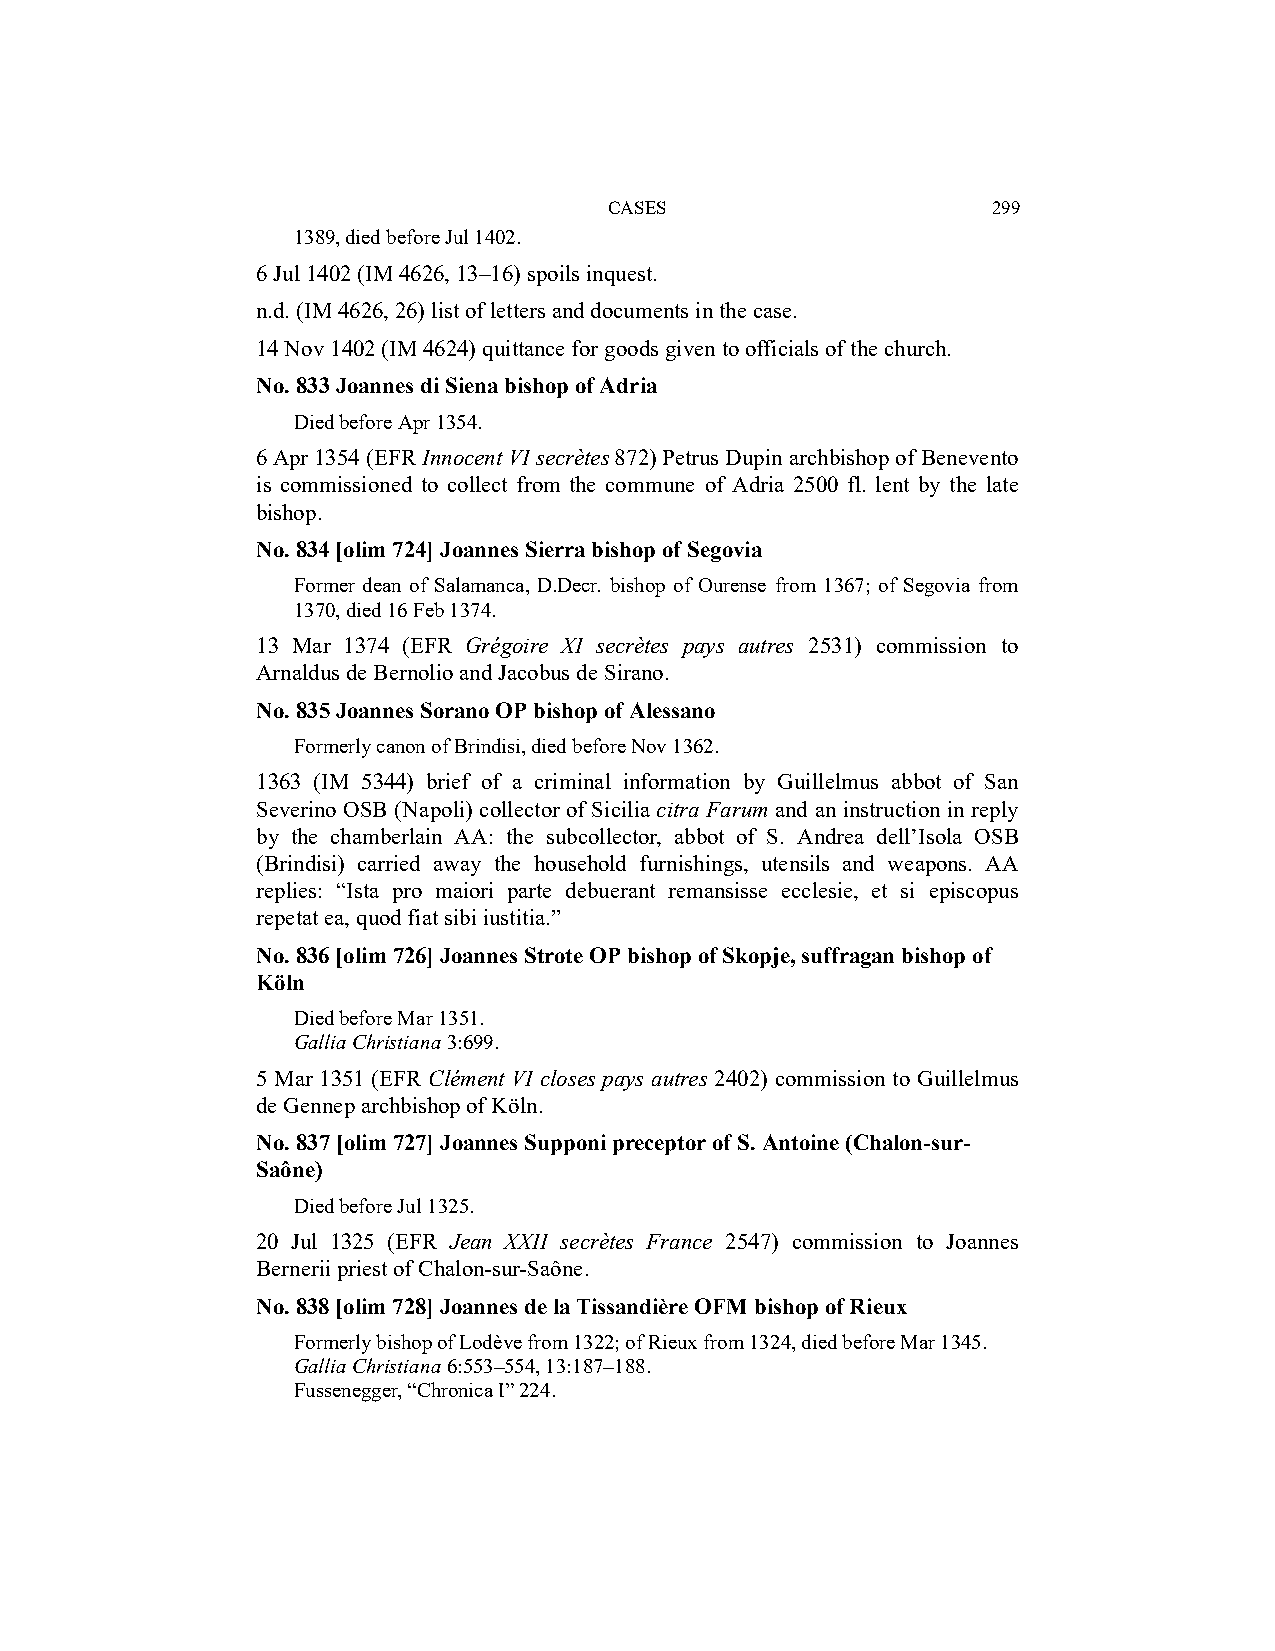
CASES                     299
 1389, died before Jul 1402.
 6 Jul 1402 (IM 4626, 13–16) spoils inquest.
 n.d. (IM 4626, 26) list of letters and documents in the case.
 14 Nov 1402 (IM 4624) quittance for goods given to officials of the church.
 No. 833 Joannes di Siena bishop of Adria
 Died before Apr 1354.
 6 Apr 1354 (EFR Innocent VI secrètes 872) Petrus Dupin archbishop of Benevento
 is commissioned to collect from the commune of Adria 2500 fl. lent by the late
 bishop.
 No. 834 [olim 724] Joannes Sierra bishop of Segovia
 Former dean of Salamanca, D.Decr. bishop of Ourense from 1367; of Segovia from
 1370, died 16 Feb 1374.
 13 Mar 1374 (EFR Grégoire XI secrètes pays autres 2531) commission to
 Arnaldus de Bernolio and Jacobus de Sirano.
 No. 835 Joannes Sorano OP bishop of Alessano
 Formerly canon of Brindisi, died before Nov 1362.
 1363 (IM 5344) brief of a criminal information by Guillelmus abbot of San
 Severino OSB (Napoli) collector of Sicilia citra Farum and an instruction in reply
 by the chamberlain AA: the subcollector, abbot of S. Andrea dell’Isola OSB
 (Brindisi) carried away the household furnishings, utensils and weapons. AA
 replies: “Ista pro maiori parte debuerant remansisse ecclesie, et si episcopus
 repetat ea, quod fiat sibi iustitia.”
 No. 836 [olim 726] Joannes Strote OP bishop of Skopje, suffragan bishop of
 Köln
 Died before Mar 1351.
 Gallia Christiana 3:699.
 5 Mar 1351 (EFR Clément VI closes pays autres 2402) commission to Guillelmus
 de Gennep archbishop of Köln.
 No. 837 [olim 727] Joannes Supponi preceptor of S. Antoine (Chalon-sur-
 Saône)
 Died before Jul 1325.
 20 Jul 1325 (EFR Jean XXII secrètes France 2547) commission to Joannes
 Bernerii priest of Chalon-sur-Saône.
 No. 838 [olim 728] Joannes de la Tissandière OFM bishop of Rieux
 Formerly bishop of Lodève from 1322; of Rieux from 1324, died before Mar 1345.
 Gallia Christiana 6:553–554, 13:187–188.
 Fussenegger, “Chronica I” 224.